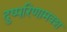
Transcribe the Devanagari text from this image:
दुष्परिणामवश